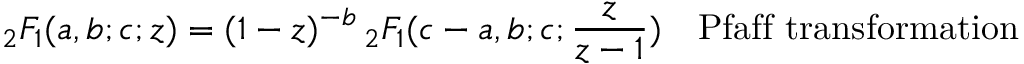
{ } _ { 2 } F _ { 1 } ( a , b ; c ; z ) = ( 1 - z ) ^ { - b } \, { } _ { 2 } F _ { 1 } ( c - a , b ; c ; { \frac { z } { z - 1 } } ) \ \ \ { \mathrm { P f a f f ~ t r a n s f o r m a t i o n } }